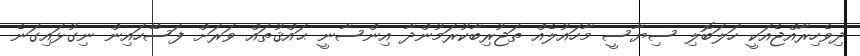
ދިވެހިރާއްޖެއަކީ ހަލަބޮލި ސިޔާސީ މާހައުލެއް ތަޖުރިބާކުރަމުންދާ އިންސާނީ ޙައްޤުތައް ވަރަށް ފަސޭހައިން ނިގުޅައިގަނެ